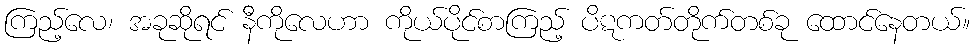
ကြည့်လေ၊ အခုဆိုရင် နီကိုလေဟာ ကိုယ်ပိုင်စာကြည့် ပိဋကတ်တိုက်တစ်ခု ထောင်နေတယ်။